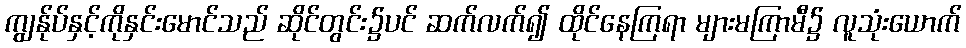
ကျွန်ုပ်နှင့်ကိုနှင်းမောင်သည် ဆိုင်တွင်း၌ပင် ဆက်လက်၍ ထိုင်နေကြရာ များမကြာမီ၌ လူသုံးယောက်